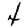
Digit: 4